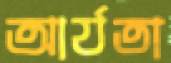
আর্যতা